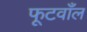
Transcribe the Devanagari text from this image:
फूटवाँल